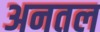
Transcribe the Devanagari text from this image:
अनतल